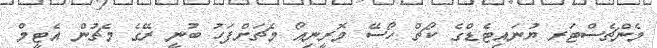
މެންޗެސްޓަރ ޔުނައިޓެޑްގެ ކޯޗް ހޯސޭ މޮރީނިއޯ މެޗަށްފަހު ބުނީ ރޭގެ މެޗުން އެޓީމް